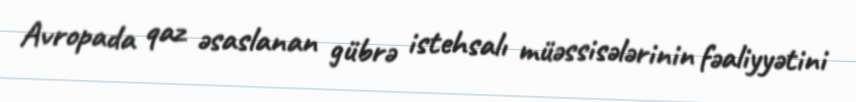
Avropada qaz əsaslanan gübrə istehsalı müəssisələrinin fəaliyyətini